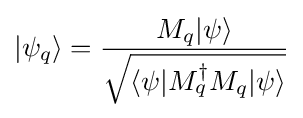
|\psi _{q}\rangle ={\frac {M_{q}|\psi \rangle }{\sqrt {\langle \psi |M_{q}^{\dagger }M_{q}|\psi \rangle }}}